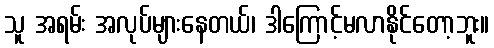
သူ အရမ်း အလုပ်များနေတယ်၊ ဒါကြောင့်မလာနိုင်တော့ဘူး။